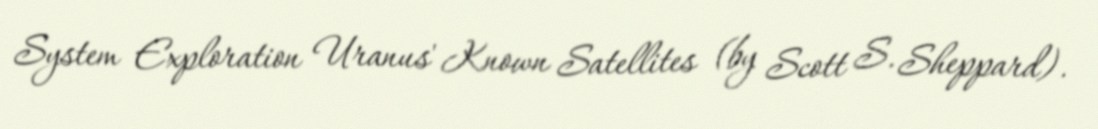
System Exploration Uranus' Known Satellites (by Scott S. Sheppard).